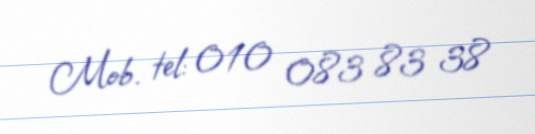
Mob. tel: 010 083 83 38